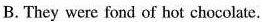
B. They were fond of hot chocolate.